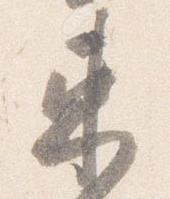
束